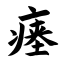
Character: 瘗